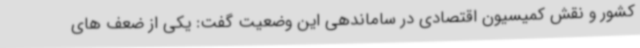
کشور و نقش کمیسیون اقتصادی در ساماندهی این وضعیت گفت: یکی از ضعف های